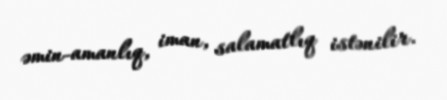
əmin-amanlıq, iman, salamatlıq istənilir.